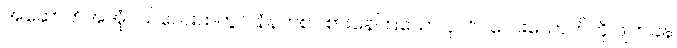
အဆောက်အအုံငယ်လေးထဲတွင် နံနက်စာ စားနေကြသော ပုလိပ်လေးယောက်ကို ဖျတ်ခနဲ